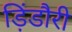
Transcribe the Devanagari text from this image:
ड़िंडौरी